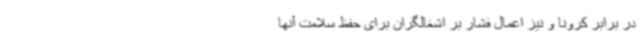
در برابر کرونا و نیز اعمال فشار بر اشغالگران برای حفظ سلامت آنها